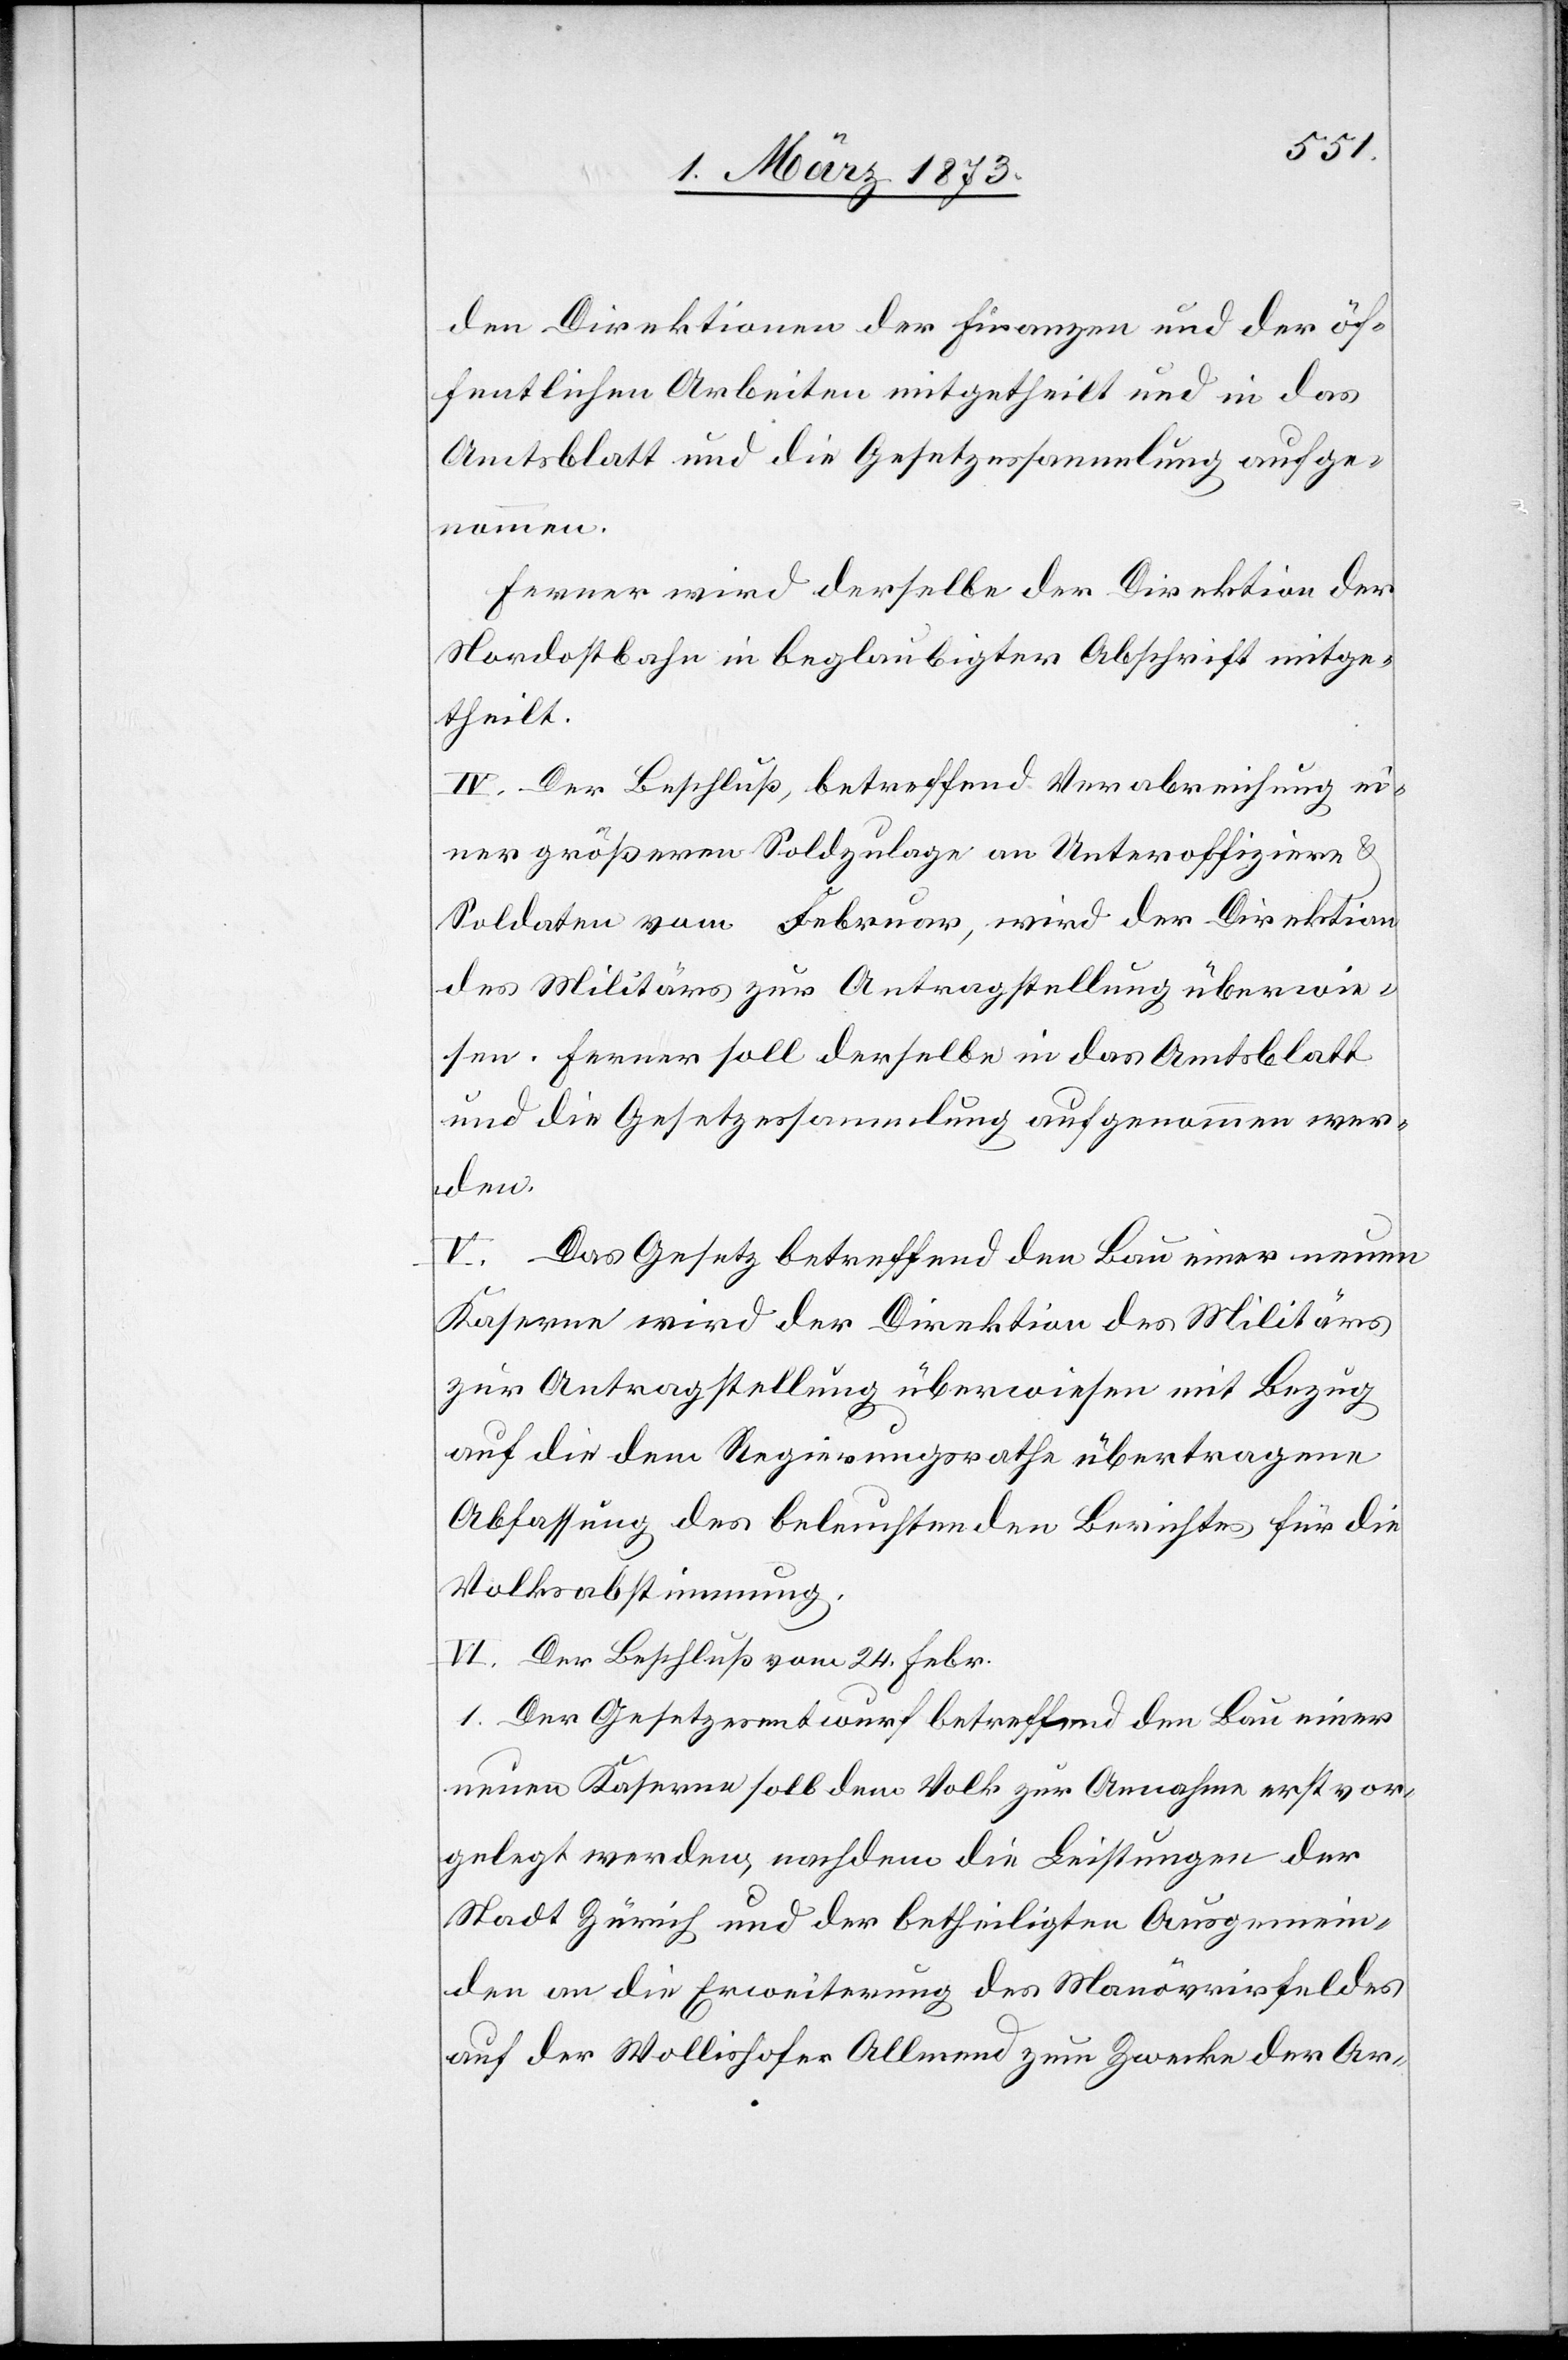
den Direktionen der Finanzen und der öf¬
fentlichen Arbeiten mitgetheilt und in das
Amtsblatt und die Gesetzessammlung aufge¬
nommen.
Ferner wird derselbe der Direktion der
Nordostbahn in beglaubigter Abschrift mitge¬
theilt.
IV. Der Beschluß, betreffend Verabreichung ei¬
ner größeren Soldzulage an Unteroffiziere u.
Soldaten vom Februar, wird der Direktion
des Militärs zur Antragstellung überwie¬
sen. Ferner soll derselbe in das Amtsblatt
und die Gesetzessammlung aufgenommen wer¬
den.
V. Das Gesetz betreffend den Bau einer neuen
Kaserne wird der Direktion des Militärs
zur Antragstellung überwiesen mit Bezug
auf die dem Regierungsrathe übertragene
Abfassung des beleuchtenden Berichtes für die
Volksabstimmung.
VI. Der Beschluß vom 24. Febr.
1. Der Gesetzesentwurf betreffend den Bau einer
neuen Kaserne soll dem Volk zur Annahme erst vor¬
gelegt werden, nachdem die Leistungen der
Stadt Zürich und der betheiligten Ausgemein¬
den an die Erweiterung des Manövrirfeldes
auf der Wollishofer Allmend zum Zwecke der Ar-